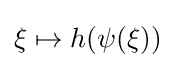
\xi \mapsto h(\psi (\xi ))